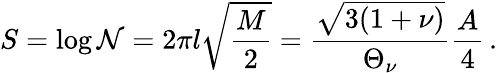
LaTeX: S=\log{\cal N}=2\pi l\sqrt{\frac{M}{2}}=\frac{\sqrt{3(1+\nu)}}{\Theta_{\nu}}\frac{A}{4}\, .